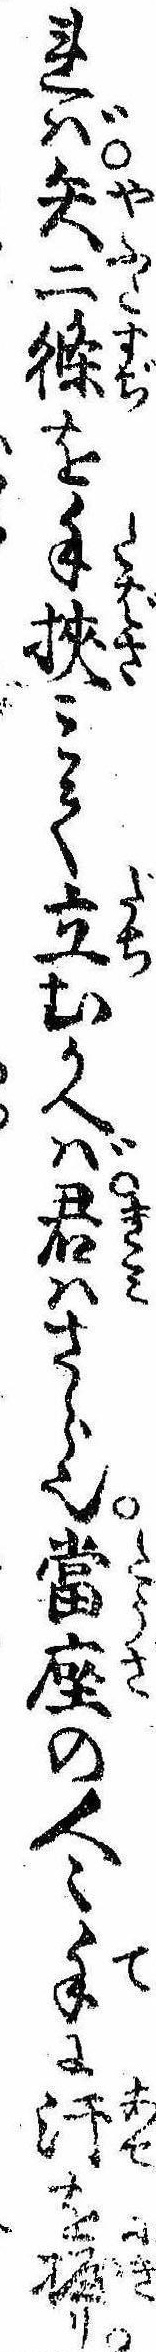
れば矢二条を手挟みて立むかへば君はさら也当座の人〻手に汗を握り